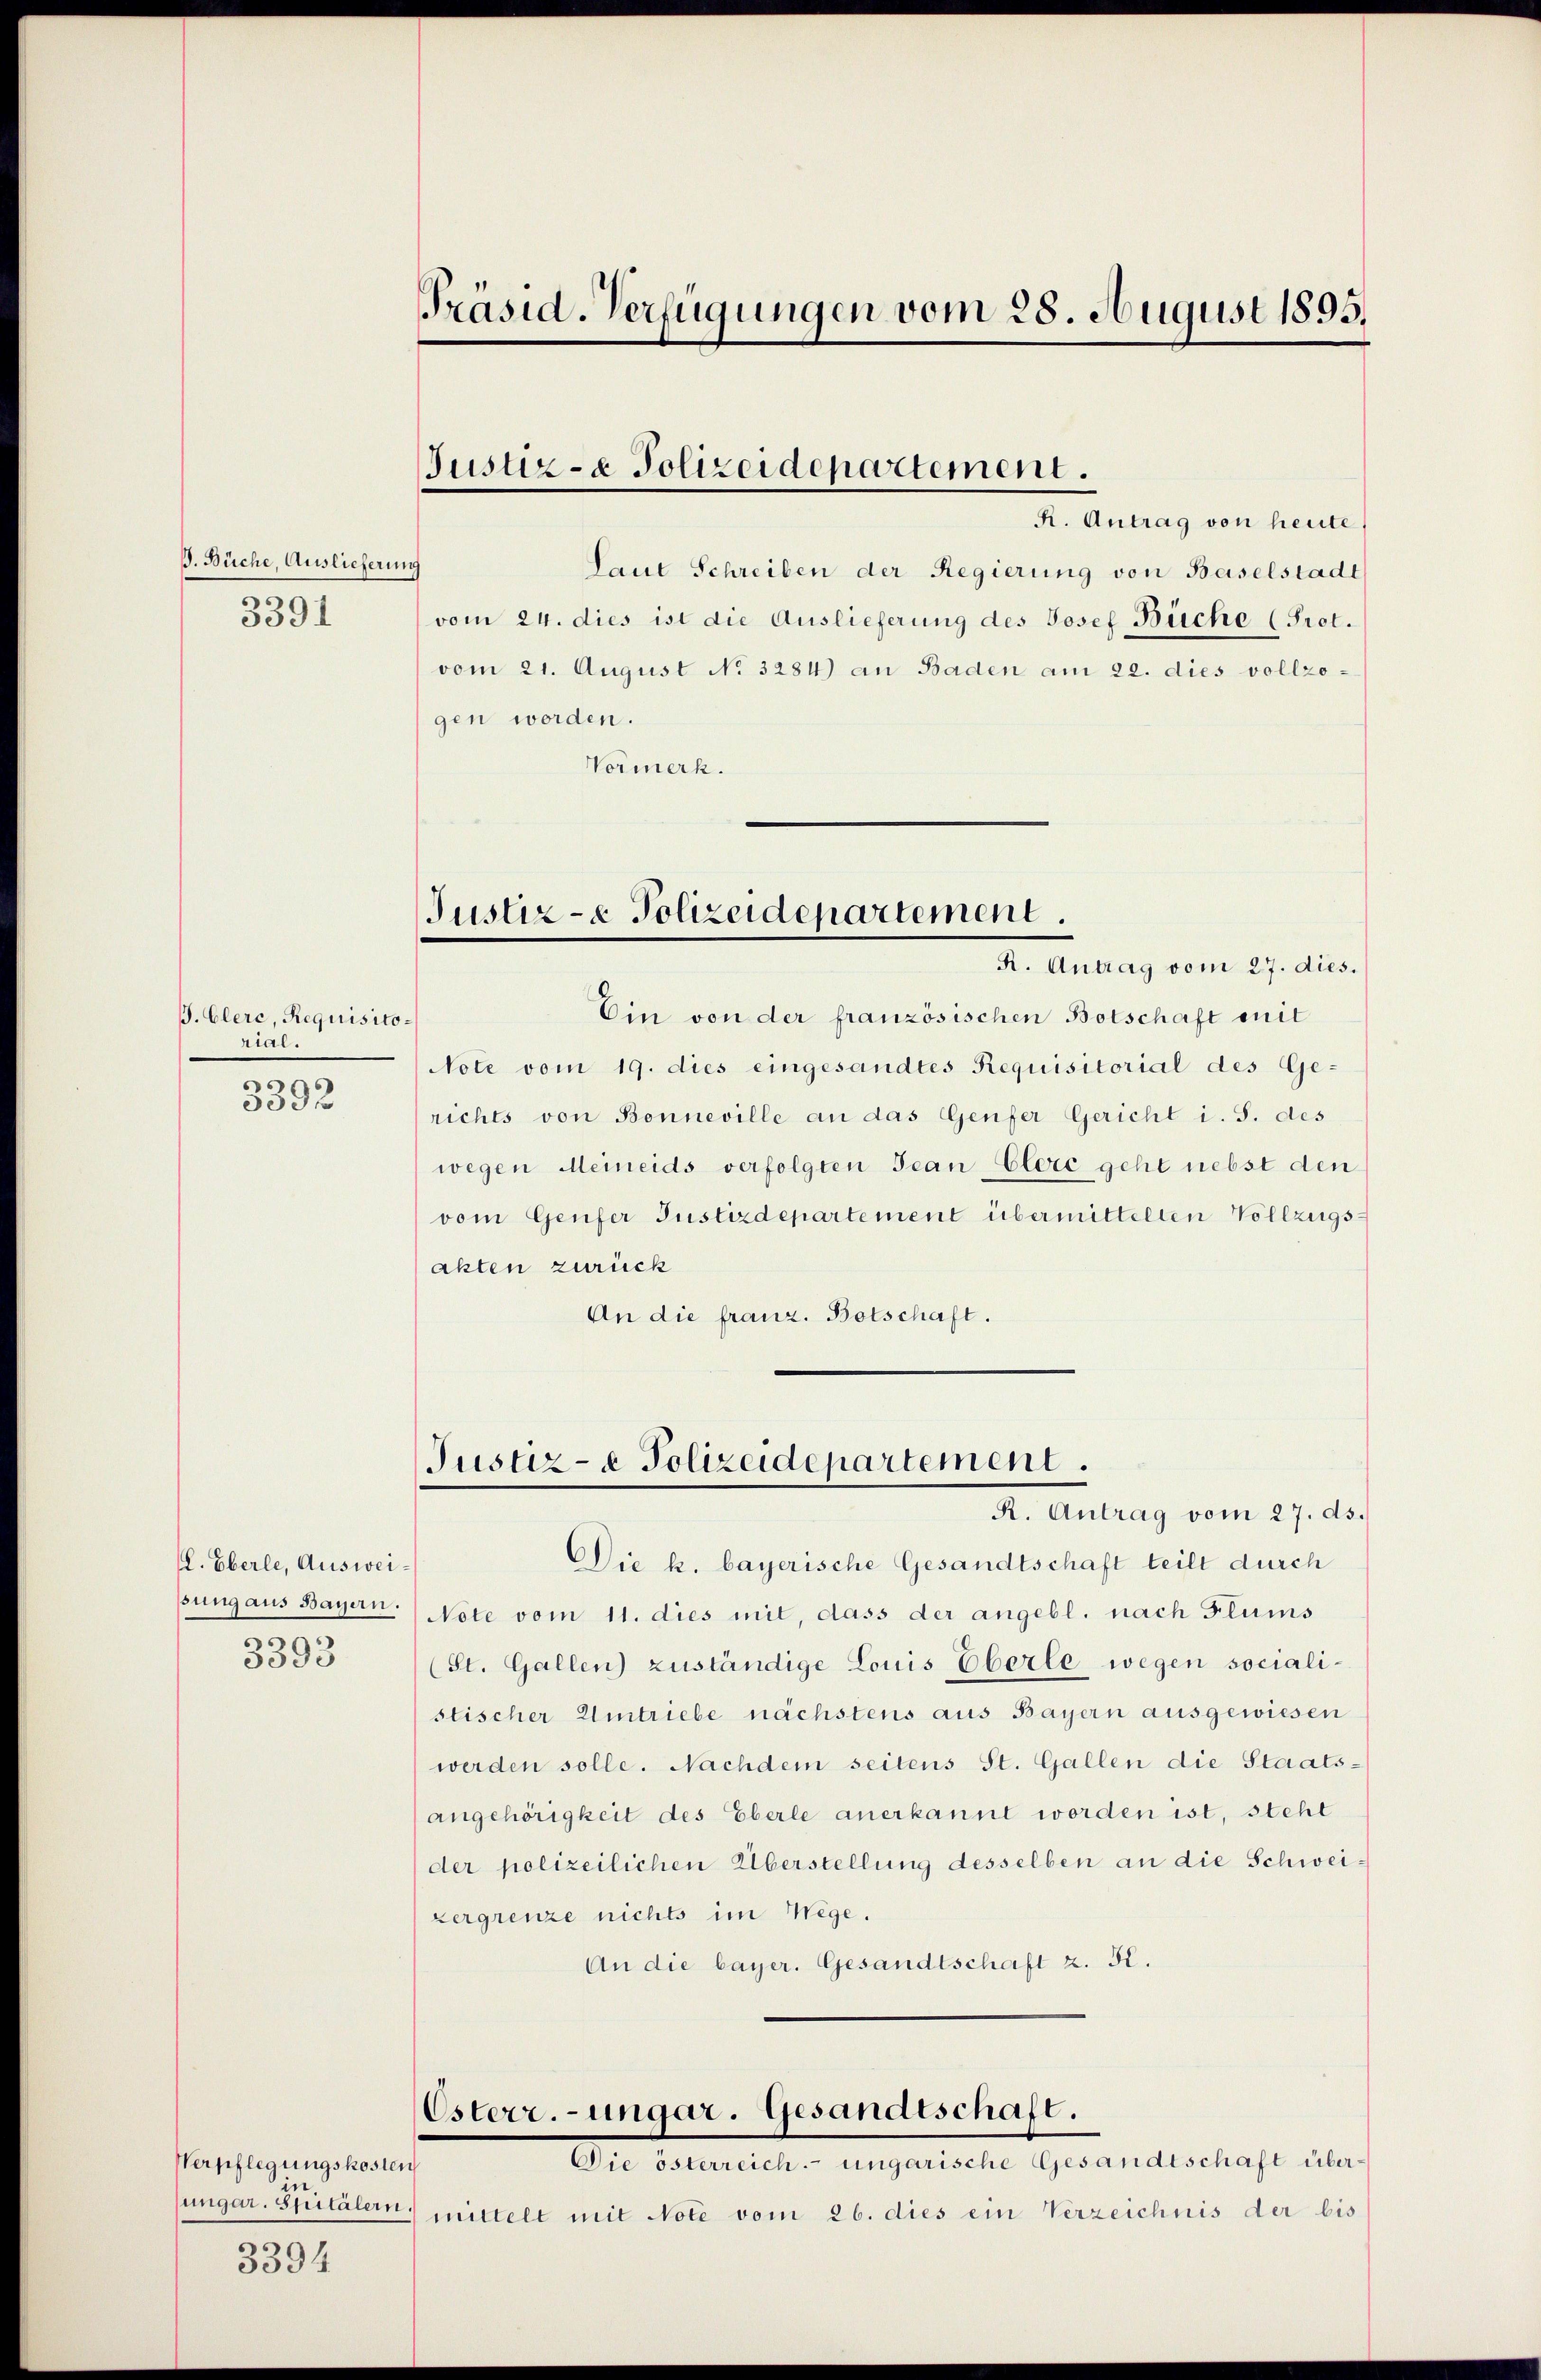
J. Büche, Auslieferung
3391

J. Clerc, Requisitorial.
3392

. Eberle, Ausweisung aus Bayern.
3393

Verpflegungskosten
in.

3394

Präsid. Verfügungen vom 28. August 1895.

Justiz- & Polizeidepartement.

R. Antrag von heute
Laut Schreiben der Regierung von Baselstadt
vom 24. dies ist die Auslieferung des Josef Büche (Prot.
vom 21. August No. 3284) an Baden am 22. dies vollzogen worden.
Vormerk.

Justiz- & Polizeidepartement.

Justiz- & Polizeidepartement.

Osterr.-ungar. Gesandtschaft.
Die Betrach-ungarische Gesandtschaft aber

R. Antrag vom 27. dies.
Ein von der französischen Botschaft mit
Note vom 19. dies eingesandtes Requisitorial des Ge-
richts von Bonneville an das Genfer Gericht i. S. des
wegen Meineids verfolgten Jean-Clere geht nebst den
vom Genfer Justizdepartement übermittelten Vollzugsakten zurück
An die franz. Botschaft.

R. Antrag vom 27. ds.
Die k. bayerische Gesandtschaft teilt durch
Note vom 11. dies mit, dass der angebl. nach Flums
(St. Gallen) zuständige Louis Eberle wegen socialistischer Umtriebe nächstens aus Bayern ausgewiesen
werden solle. Nachdem seitens St. Gallen die Staats-
angehörigkeit des Eberle anerkannt worden ist, steht
der polizeilichen Überstellung desselben an die Schweizergrenze nichts im Wege.
An die bayer. Gesandtschaft z. B.

ungar. Spitälern, mittelt mit Note vom 26. dies ein Verzeichnis der bis